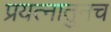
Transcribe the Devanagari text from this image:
प्रयत्नातुनच